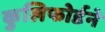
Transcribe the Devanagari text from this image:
कुलिफोर्डने